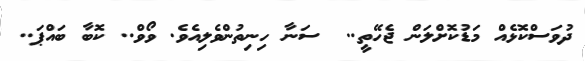
ދުވަސްކޮޅެއް މަޑުކޮށްލަން ޖެހޭތީ..  ސަނާ ހިނިތުންވެލިއެވެ. ވޯވް.. ކޮބާ ބައްޕަ..